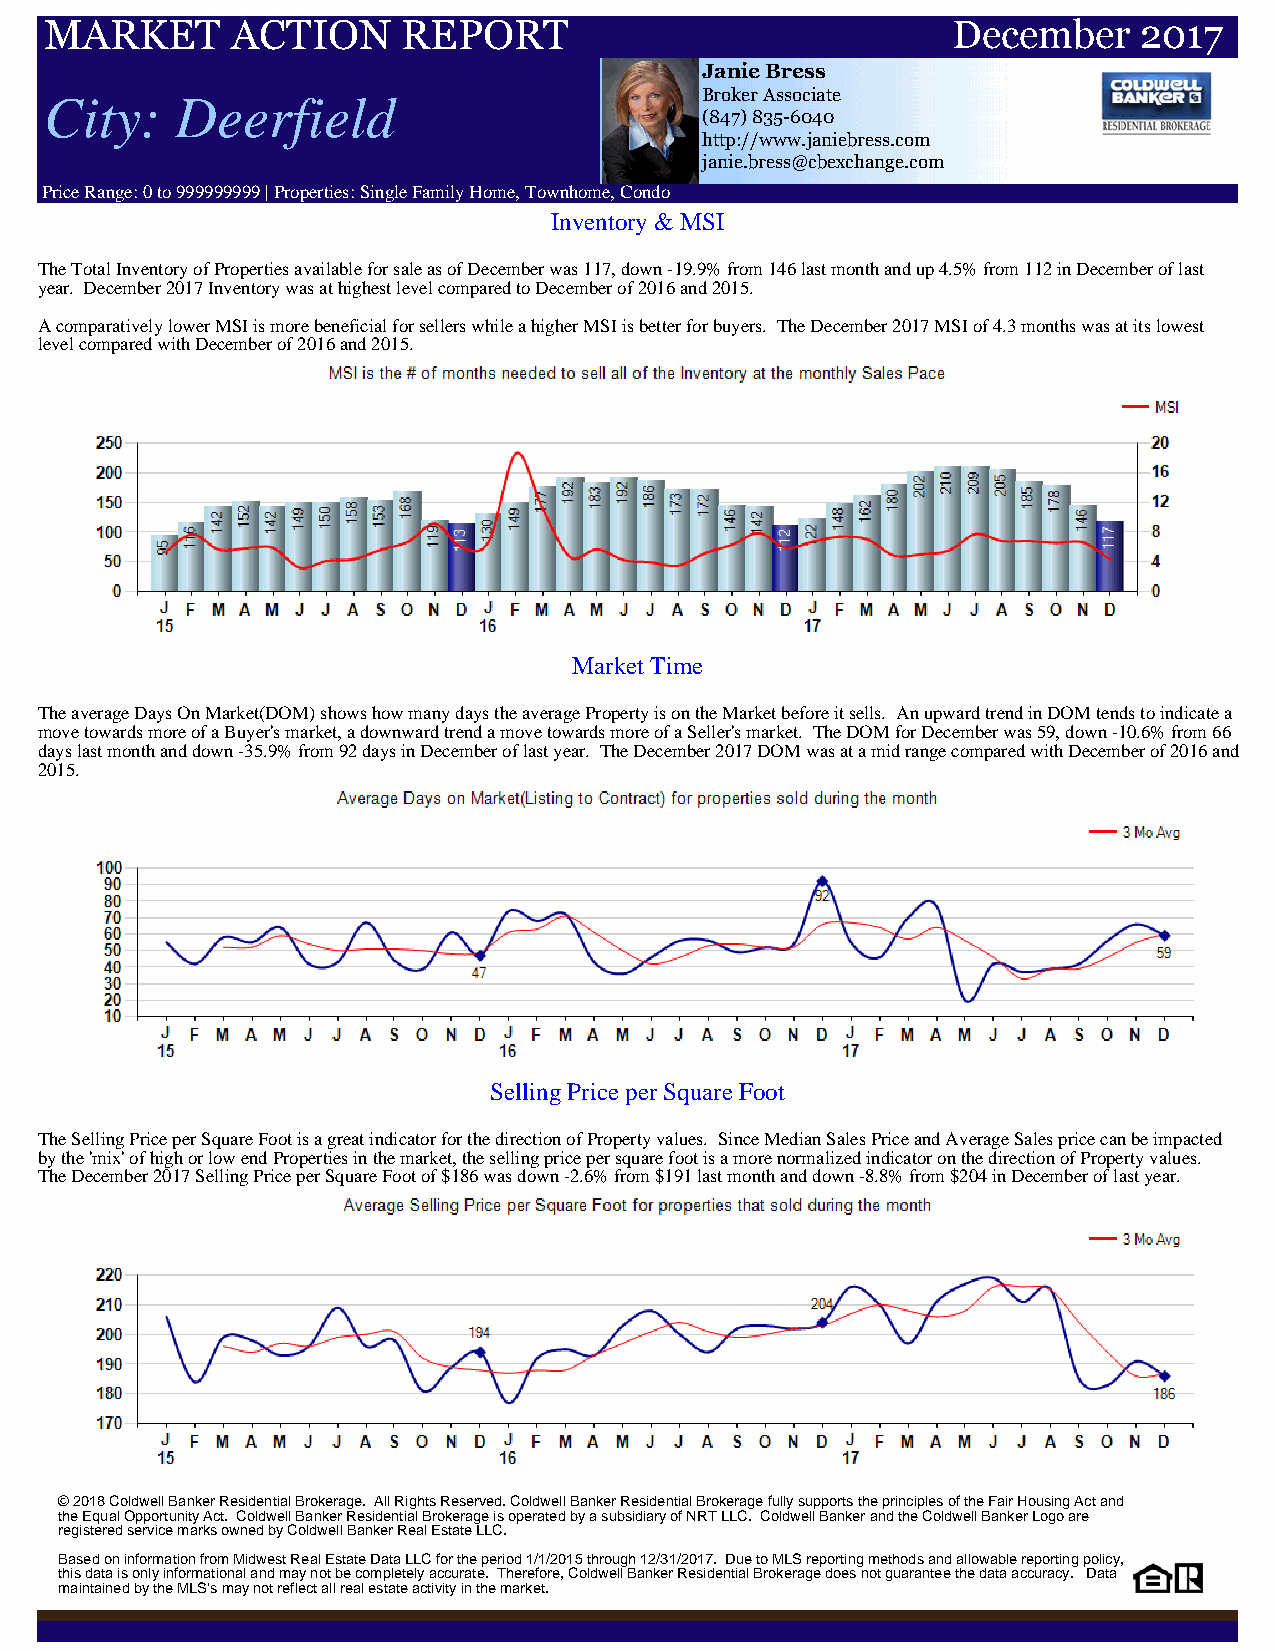
MARKET      ACTION      REPORT                              December    2017
 Janie Bress
 City:    Deerfield                         Broker Associate
 (847) 835-6040
 http://www.janiebress.com
 janie.bress@cbexchange.com
 Price Range: 0 to 999999999 | Properties: Single Family Home, Townhome, Condo
 Inventory & MSI
 The Total Inventory of Properties available for sale as of December was 117, down -19.9% from 146 last month and up 4.5% from 112 in December of last
 year. December 2017 Inventory was at highest level compared to December of 2016 and 2015.
 A comparatively lower MSI is more beneficial for sellers while a higher MSI is better for buyers. The December 2017 MSI of 4.3 months was at its lowest
 level compared with December of 2016 and 2015.
 Market Time
 The average Days On Market(DOM) shows how many days the average Property is on the Market before it sells. An upward trend in DOM tends to indicate a
 move towards more of a Buyer's market, a downward trend a move towards more of a Seller's market. The DOM for December was 59, down -10.6% from 66
 days last month and down -35.9% from 92 days in December of last year. The December 2017 DOM was at a mid range compared with December of 2016 and
 2015.
 Selling Price per Square Foot
 The Selling Price per Square Foot is a great indicator for the direction of Property values. Since Median Sales Price and Average Sales price can be impacted
 by the 'mix' of high or low end Properties in the market, the selling price per square foot is a more normalized indicator on the direction of Property values.
 The December 2017 Selling Price per Square Foot of $186 was down -2.6% from $191 last month and down -8.8% from $204 in December of last year.
 © 2018 Coldwell Banker Residential Brokerage. All Rights Reserved. Coldwell Banker Residential Brokerage fully supports the principles of the Fair Housing Act and
 the Equal Opportunity Act. Coldwell Banker Residential Brokerage is operated by a subsidiary of NRT LLC. Coldwell Banker and the Coldwell Banker Logo are
 registered service marks owned by Coldwell Banker Real Estate LLC.
 Based on information from Midwest Real Estate Data LLC for the period 1/1/2015 through 12/31/2017. Due to MLS reporting methods and allowable reporting policy,
 this data is only informational and may not be completely accurate. Therefore, Coldwell Banker Residential Brokerage does not guarantee the data accuracy. Data
 maintained by the MLS's may not reflect all real estate activity in the market.